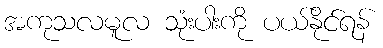
အကုသလမူလ သုံးပါးကို ပယ်နိုင်ရန်